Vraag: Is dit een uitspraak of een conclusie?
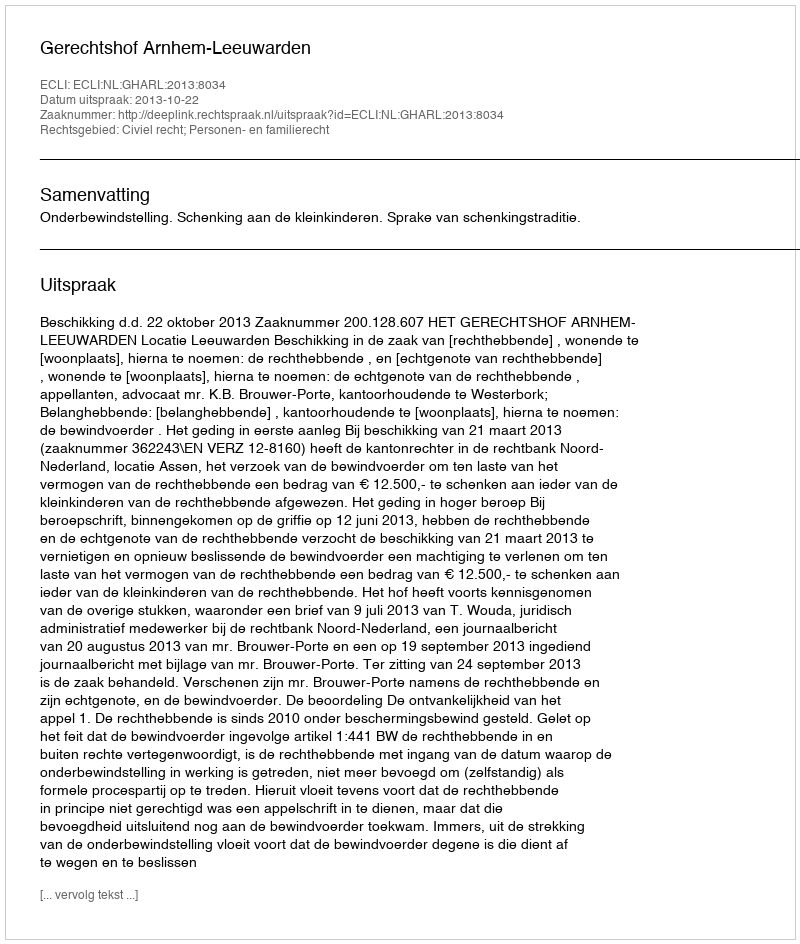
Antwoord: Uitspraak